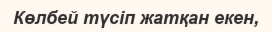
Көлбей түсіп жатқан екен,